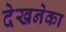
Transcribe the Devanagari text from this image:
देखनेका